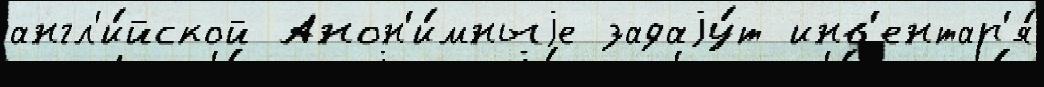
англ'и́йской Анон'и́мныjе задаjу́т инв'ентар'я́